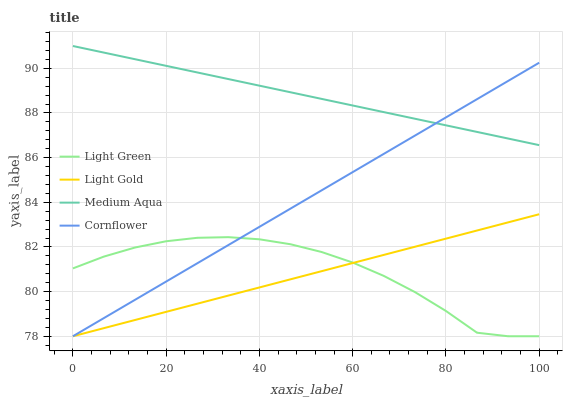
| xaxis_label | Light Green | Light Gold | Medium Aqua | Cornflower |
 | --- | --- | --- | --- | --- |
 | 0 | 81 | 78 | 91 | 78 |
 | 6.67 | 81.6 | 78.4 | 90.7 | 78.8 |
 | 13.3 | 82 | 78.7 | 90.4 | 79.6 |
 | 20 | 82.3 | 79.1 | 90.1 | 80.5 |
 | 26.7 | 82.4 | 79.5 | 89.8 | 81.3 |
 | 33.3 | 82.4 | 79.8 | 89.5 | 82.1 |
 | 40 | 82.3 | 80.2 | 89.2 | 82.9 |
 | 46.7 | 82.1 | 80.6 | 88.9 | 83.7 |
 | 53.3 | 81.8 | 80.9 | 88.6 | 84.5 |
 | 60 | 81.3 | 81.3 | 88.3 | 85.4 |
 | 66.7 | 80.7 | 81.6 | 88 | 86.2 |
 | 73.3 | 80 | 82 | 87.7 | 87 |
 | 80 | 79.1 | 82.4 | 87.4 | 87.8 |
 | 86.7 | 78.2 | 82.7 | 87.2 | 88.6 |
 | 93.3 | 78 | 83.1 | 86.9 | 89.4 |
 | 100 | 78 | 83.5 | 86.6 | 90.3 |